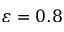
\varepsilon = 0 . 8